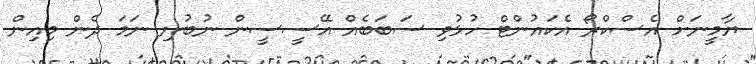
ޔާމީނަށް އެސްކްރޯ އެކައުންޓް ހުޅުވި ސަބަބެއް އޭސީސީން ނުބުނި ނަމަ ދެން މިއިން